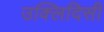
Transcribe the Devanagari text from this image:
उक्लिदिसी